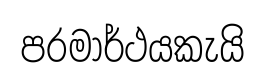
පරමාර්ථයකැයි